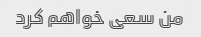
من سعی خواهم کرد